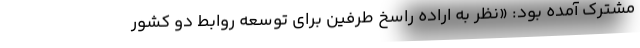
مشترک آمده بود: «نظر به اراده راسخ طرفین برای توسعه روابط دو کشور